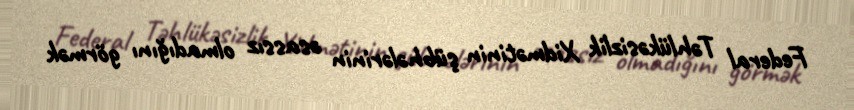
Federal Təhlükəsizlik Xidmətinin şübhələrinin əsassız olmadığını görmək